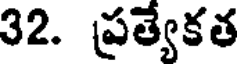
32. ప్రత్యేకత